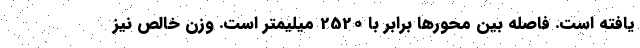
یافته است. فاصله بین محورها برابر با 2520 میلیمتر است. وزن خالص نیز